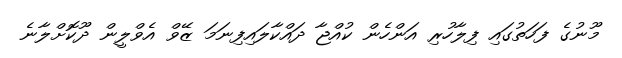
މޫނުގެ ފަހަތުގައި ފިލާހުރި އަންހެން ކުއްޖާ ދައްކާލައިފިނަމަ ޒޭވް އެވްލީން ދޫކޮށްލާނެ